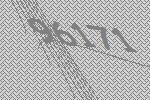
96171